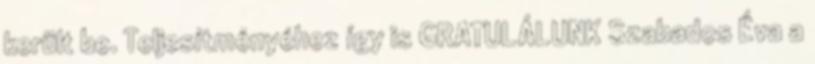
került be. Teljesítményéhez így is GRATULÁLUNK Szabados Éva a